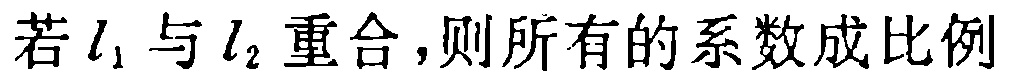
若 \(l_1\) 与 \(l_2\) 重合，则所有的系数成比例